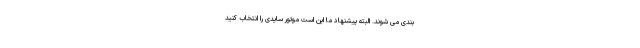
بندی می شوند. البته پیشنهاد ما این است موتور سایدی را انتخاب کنید